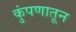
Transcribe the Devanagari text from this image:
कुंपणातून